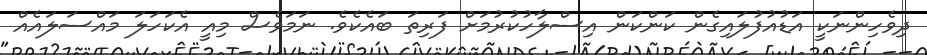
ދިވެހިންނަކީ އަޑުއުފުލައިގެން ކަންކަން އިސްލާހުކުރުމަށް ފަރިތަ ބައެކެވެ. ނަމަވެސް މިއީ އެކަހަލަ މައްސަލައެއް